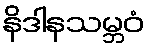
နိဒါနသမ္ဘဝံ